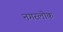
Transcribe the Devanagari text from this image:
नगरलोक